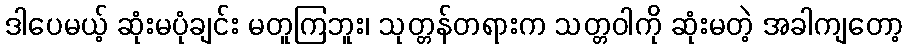
ဒါပေမယ့် ဆုံးမပုံချင်း မတူကြဘူး၊ သုတ္တန်တရားက သတ္တဝါကို ဆုံးမတဲ့ အခါကျတော့